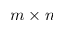
m \times n